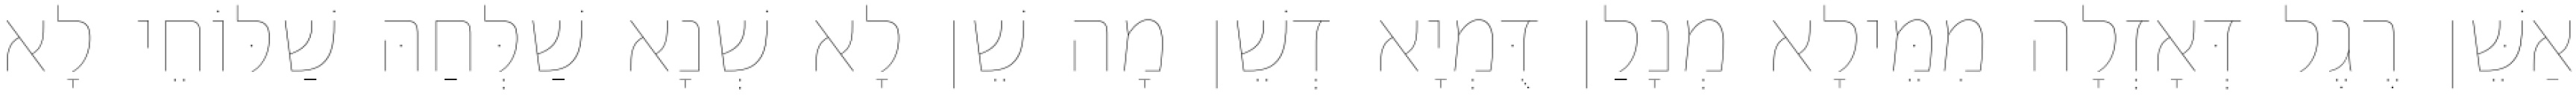
אַשֵּׁן רֶגֶל דְּאָזְלָה מִמֵּילָא מְנָלַן דֻּמְיָא דְשֵׁן מָה שֵׁן לָא שְׁנָא שַׁלְּחַהּ שַׁלּוֹחֵי לָא